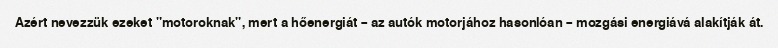
Azért nevezzük ezeket "motoroknak", mert a hőenergiát – az autók motorjához hasonlóan – mozgási energiává alakítják át.